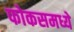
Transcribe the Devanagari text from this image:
फोकसमध्ये